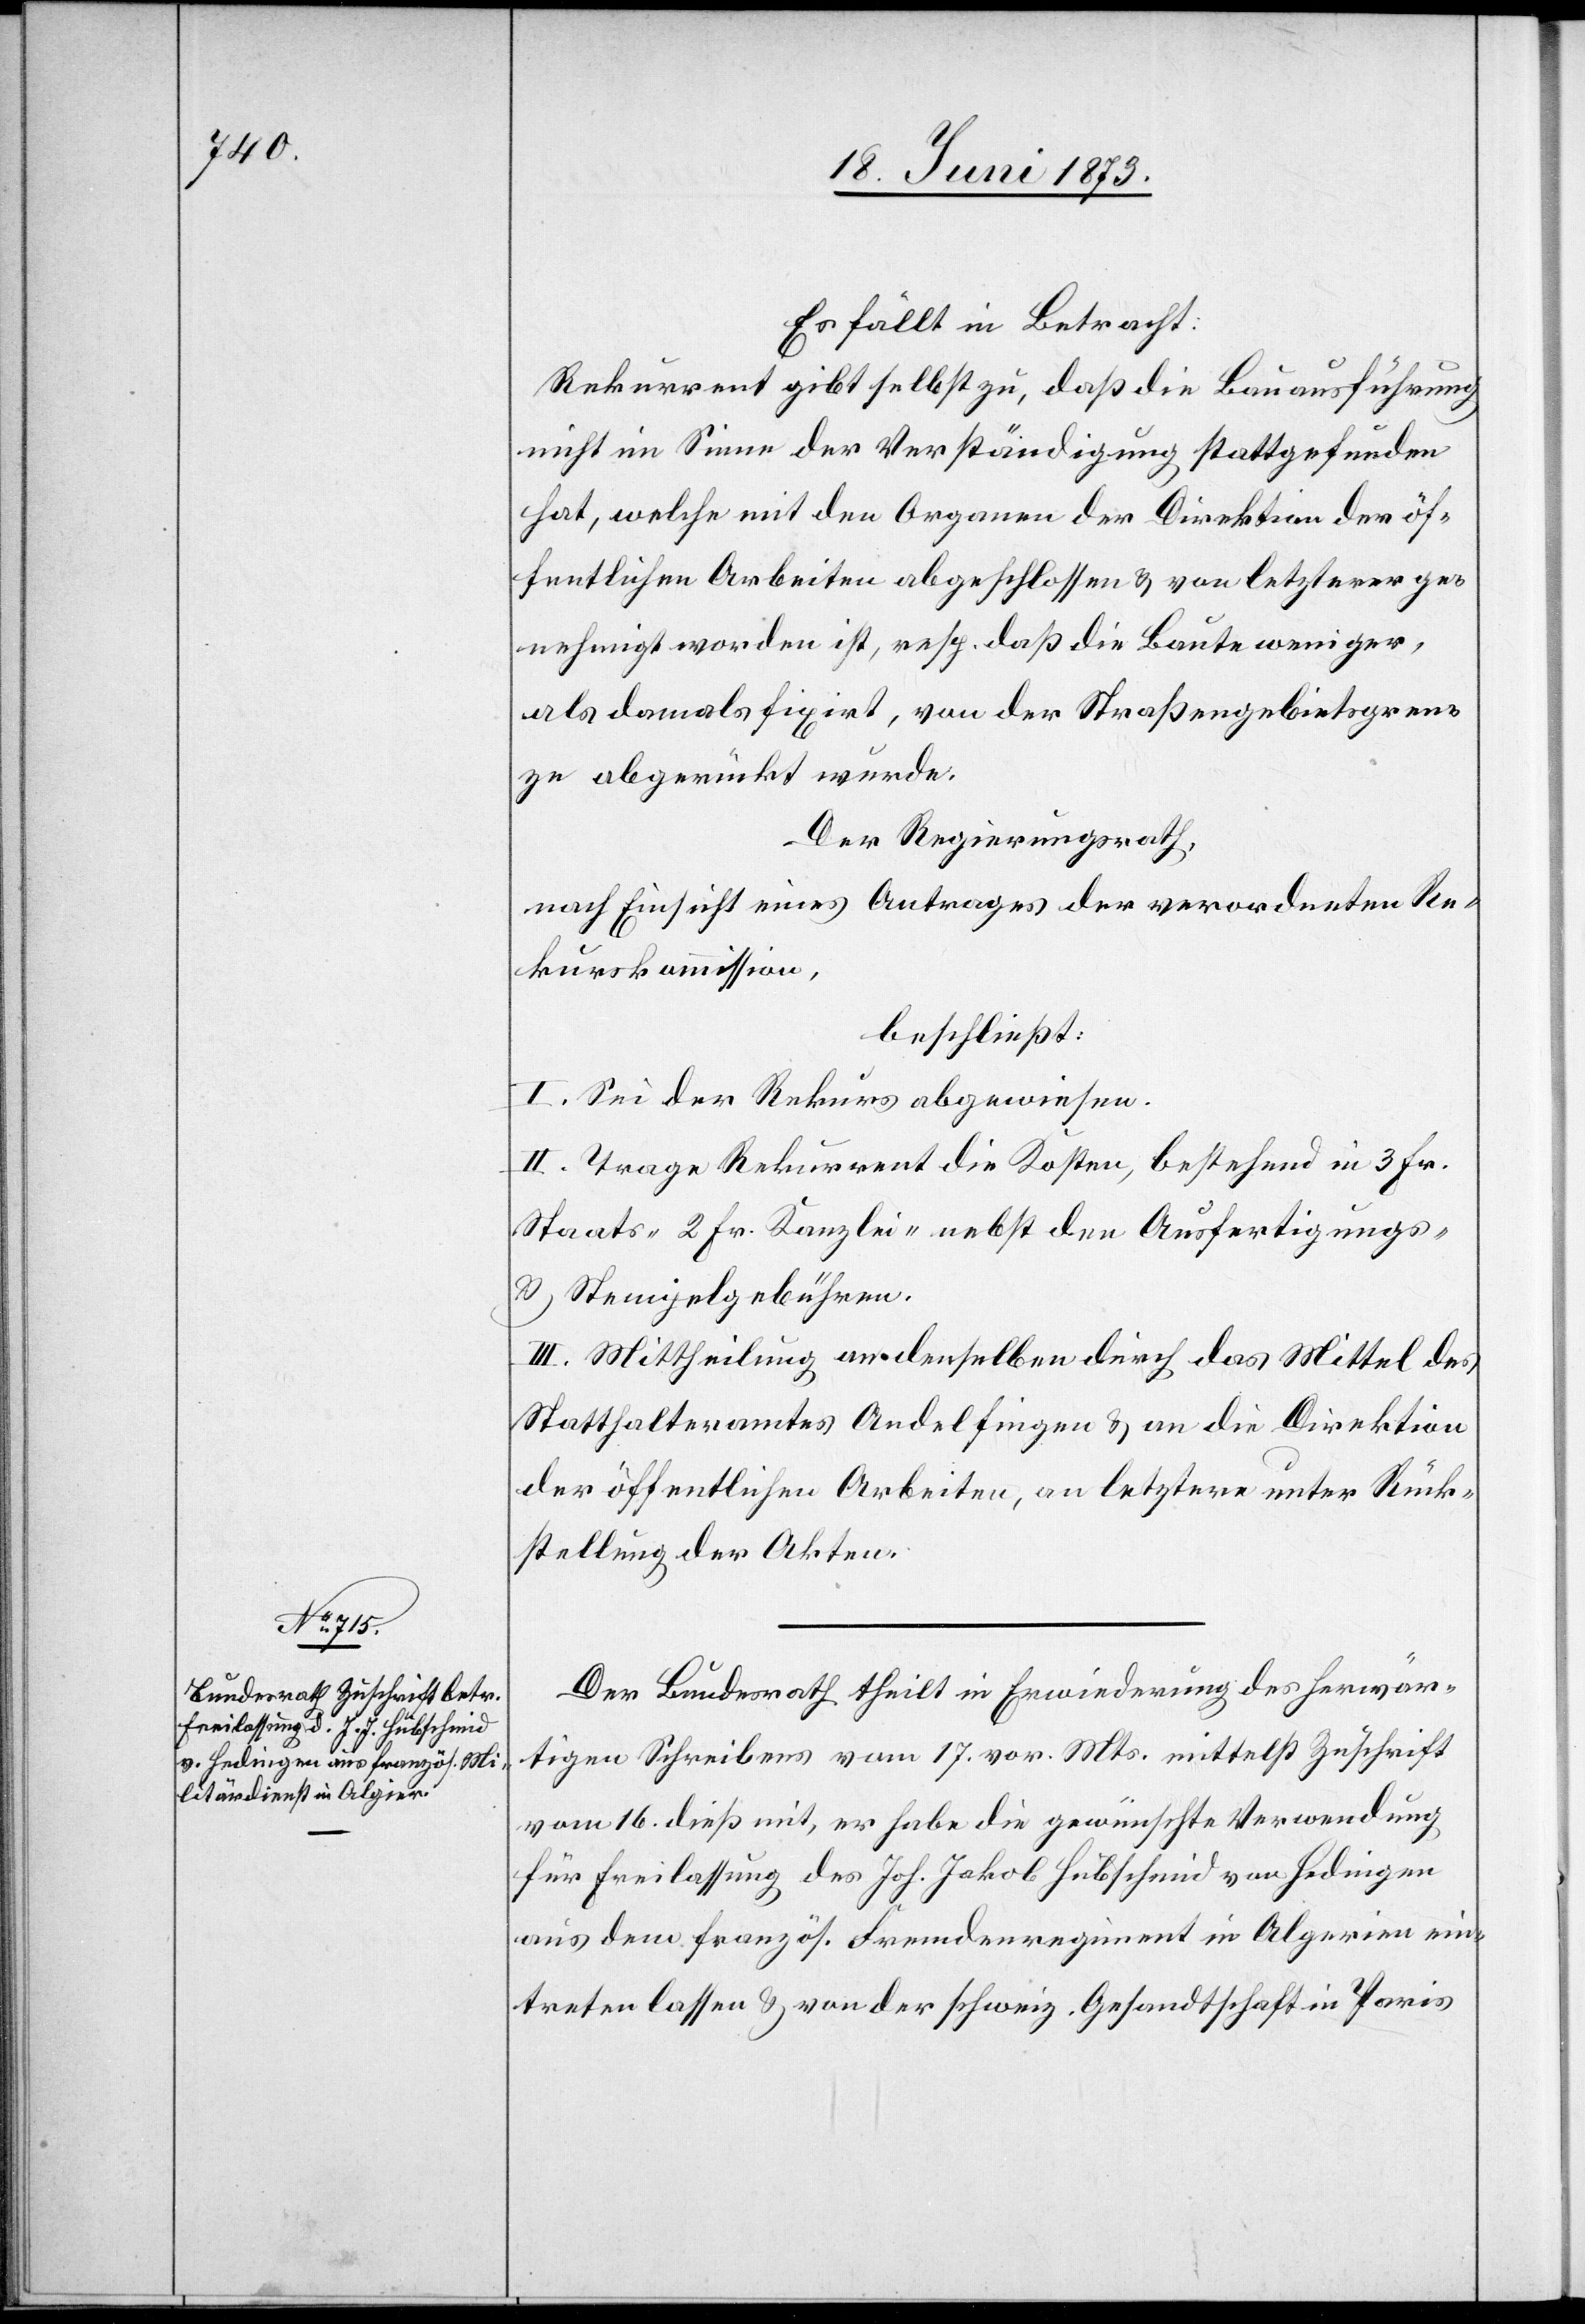
18. Juni 1873.]
Es fällt in Betracht:
Rekurrent gibt selbst zu, daß die Bauausführung
nicht im Sinne der Verständigung stattgefunden
hat, welche mit den Organen der Direktion der öf¬
fentlichen Arbeiten abgeschlossen & von letzterer ge¬
nehmigt worden ist, resp. daß die Baute weniger,
als damals fixirt, von der Straßengebietsgren¬
ze abgerückt wurde.
Der Regierungsrath,
nach Einsicht eines Antrages der verordneten Re¬
kurskommission,
beschließt:
I. Sei der Rekurs abgewiesen.
II. Trage Rekurrent die Kosten, bestehend in 3 Fr.
Staats- 2 Fr. Kanzlei- nebst den Ausfertigungs-
& Stempelgebühren.
III. Mittheilung an denselben durch das Mittel des
Statthalteramtes Andelfingen & an die Direktion
der öffentlichen Arbeiten, an letztere unter Rück¬
stellung der Akten.
Der Bundesrath theilt in Erwiederung des herwär¬
tigen Schreibens vom 17. vor. Mts. mittelst Zuschrift
vom 16. dieß mit, er habe die gewünschte Verwendung
für Freilassung des Joh. Jakob Hubschmid von Hedingen
aus dem französ. Fremdenregiment in Algerien ein¬
treten lassen & von der schweiz. Gesandtschaft in Paris